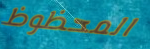
المحظوظ